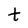
Character: t